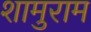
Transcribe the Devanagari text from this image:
शामुराम